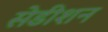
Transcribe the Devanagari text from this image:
सेडीशन